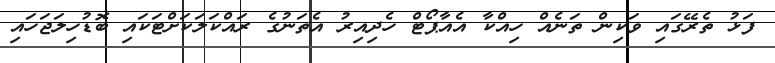
ފަޅު ތެރޭގައި ވަކިން ތަނެއް ހިއްކާ އެއާޕޯޓް ހެދިއިރު އެތަނުގެ ރައްކަލަކަށްޓަކައި ބޮޑުހިލަޖަހައި